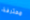
محترفة